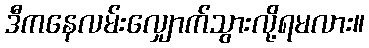
ဒီကနေလမ်းလျှောက်သွားလို့ရမလား။